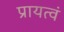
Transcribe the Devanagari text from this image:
प्रायत्वं